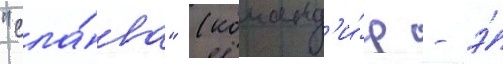
"сла́ва" (команд'и́р - э́